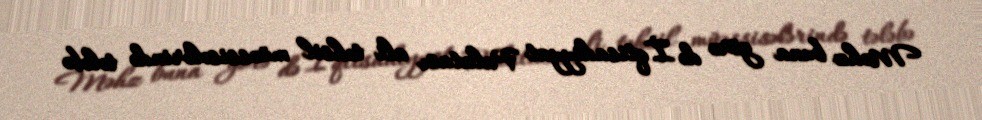
Məhz buna görə də İqtisadiyyat Palatası ali təhsil müəssisələrində tələbə